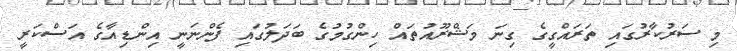
މި ސަރުކާރުގައި ތަރައްގީގެ ގިނަ މަޝްރޫއުތައް ހިންގުމުގެ ބަދަލުގައި ފެންނަނީ އިންޑިއާގެ އަސްކަރީ